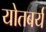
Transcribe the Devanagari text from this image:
योतबर्य